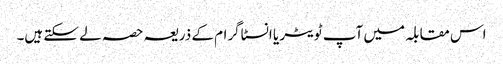
اس مقابلہ میں آپ ٹویٹر یا انسٹاگرام کے ذریعہ حصہ لے سکتے ہیں۔